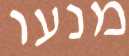
מנעו